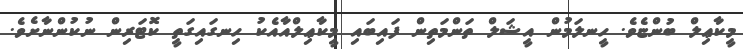
މީކާޢިލް ބުންޏެވެ. ހީނލަމުން އީޝަލް ތަންމަތިން ފައިބައި މީކާޢިލްއާއެކު ހިނގައިގަތީ ކޮޓަރިން ނުކުންނާށެވެ.